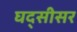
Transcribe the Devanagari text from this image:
घद्सीसर